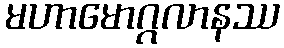
မဟာမောဂ္ဂလာနဿ